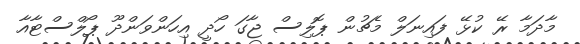
މާދަމާ ރޭ ކުޅޭ ފައިނަލް މެޗުން ޕޮލިސް ޖާގަ ހޯދީ އިހަންވަންދޫ ޕޯލްސްޓާއާ